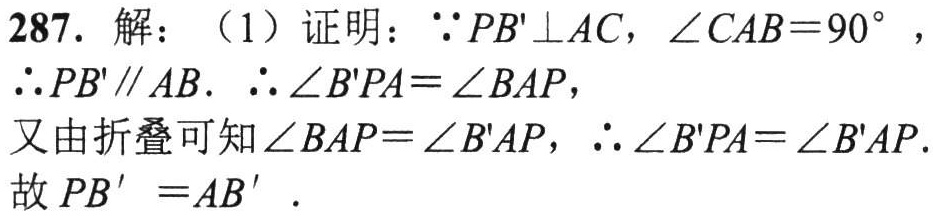
287. 解：（1）证明：\(\because PB'\perp AC\)，\(\angle CAB = 90^{\circ}\)，

\(\therefore PB'\parallel AB\). \(\therefore \angle B'PA=\angle BAP\)，

又由折叠可知\(\angle BAP=\angle B'AP\)，\(\therefore \angle B'PA=\angle B'AP\).

故 \(PB' = AB'\).